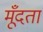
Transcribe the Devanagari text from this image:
मूँदता